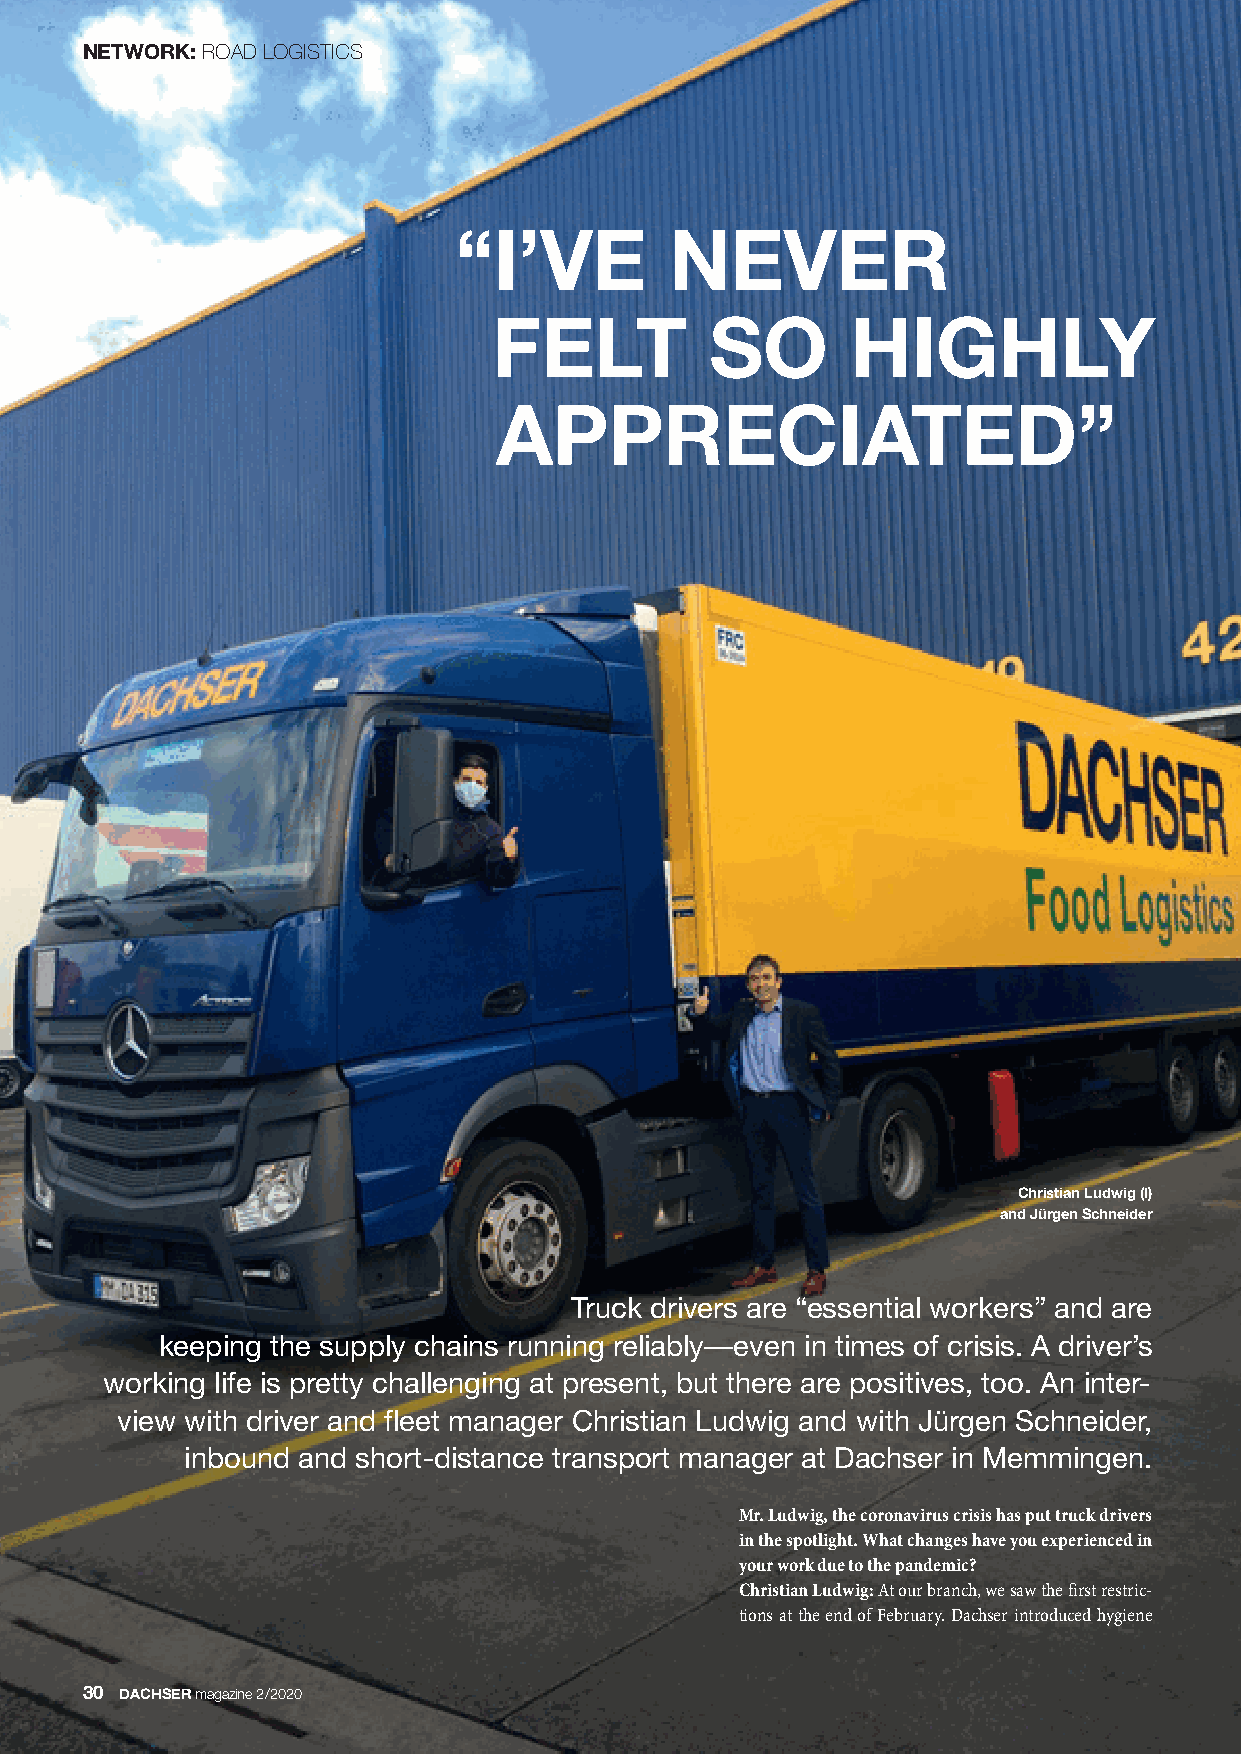
NETWORK:ROAD LOGISTICS
 “I’VE         NEVER
 FELT          SO       HIGHLY
 APPRECIATED”
 Christian Ludwig (l)
 and Jürgen Schneider
 Truck drivers are “essential workers” and are
 keeping the supply chains running reliably—even in times of crisis. A driver’s
 working life is pretty challenging at present, but there are positives, too. An inter-
 view with driver and fleet manager Christian Ludwig and with Jürgen Schneider,
 inbound and short-distance transport manager at Dachser in Memmingen.
 Mr. Ludwig, the coronavirus crisis has put truck drivers
 in the spotlight. What changes have you experienced in
 your work due to the pandemic?
 Christian Ludwig:At our branch, we saw the first restric-
 tions at the end of February. Dachser introduced hygiene
 30 DACHSERmagazine 2/2020